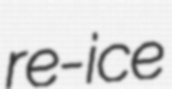
re-ice